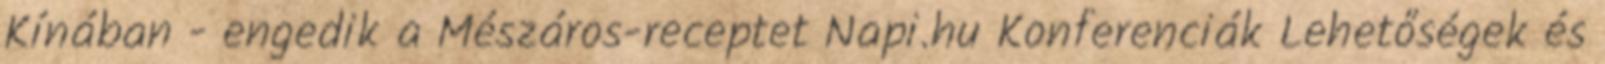
Kínában - engedik a Mészáros-receptet Napi.hu Konferenciák Lehetőségek és